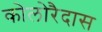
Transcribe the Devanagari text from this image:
कोलोरैदास